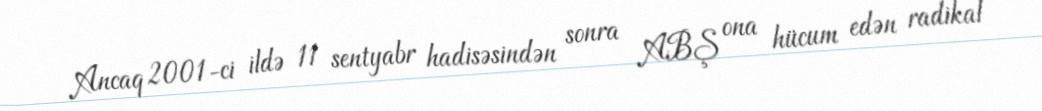
Ancaq 2001-ci ildə 11 sentyabr hadisəsindən sonra ABŞ ona hücum edən radikal